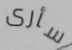
سأرى